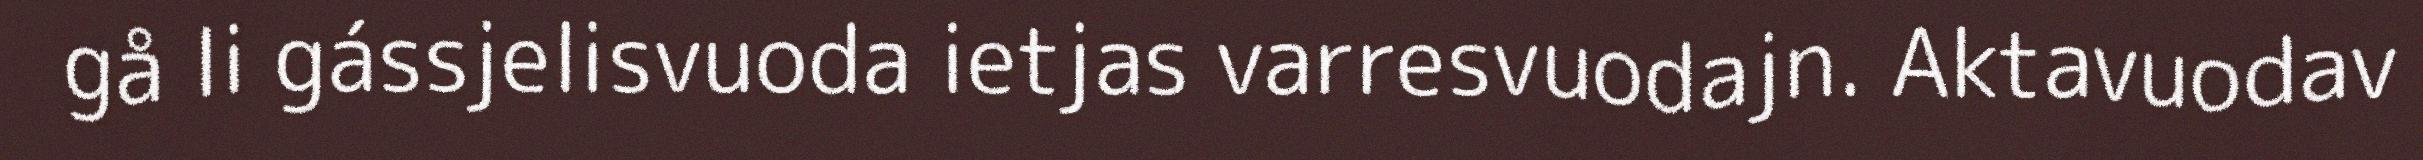
gå li gássjelisvuoda ietjas varresvuodajn. Aktavuodav